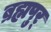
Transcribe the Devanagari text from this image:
ब्रह्मपुर्